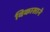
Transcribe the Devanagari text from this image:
विकासाने